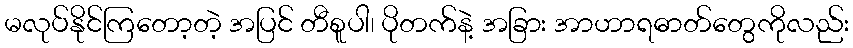
မလုပ်နိုင်ကြတော့တဲ့ အပြင် တီစူပါ၊ ပိုတက်နဲ့ အခြား အာဟာရဓာတ်တွေကိုလည်း